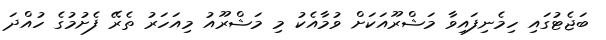
ބަޖެޓުގައި ހިމެނިފައިވާ މަޝްރޫއަކަށް ވުމާއެކު މި މަޝްރޫއު މިއަހަރު ތެރޭ ފެށުމުގެ ހުއްދަ